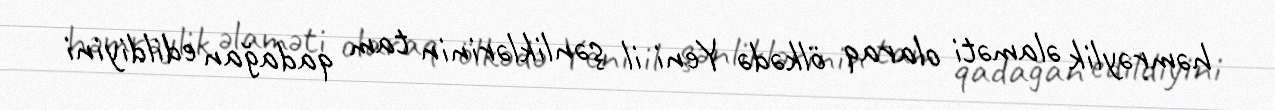
həmrəylik əlaməti olaraq ölkədə Yeni il şənliklərinin tam qadağan edildiyini